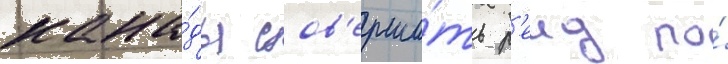
кана́ды сов'ерши́ть р'еид по́